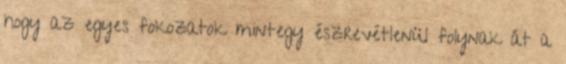
hogy az egyes fokozatok mintegy észrevétlenül folynak át a